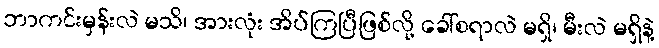
ဘာကင်းမှန်းလဲ မသိ၊ အားလုံး အိပ်ကြပြီဖြစ်လို့ ခေါ်စရာလဲ မရှိ၊ မီးလဲ မရှိနဲ့